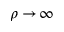
\rho \to \! \infty